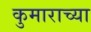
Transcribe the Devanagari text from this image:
कुमाराच्या